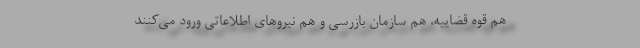
هم قوه قضاییه، هم سازمان بازرسی و هم نیرو‌های اطلاعاتی ورود می‌کنند